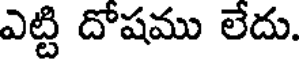
ఎట్టి దోషము లేదు.